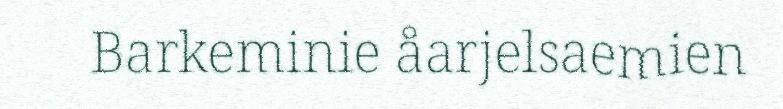
Barkeminie åarjelsaemien